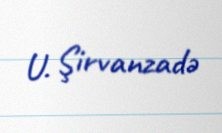
U. Şirvanzadə